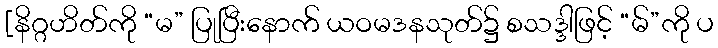
[နိဂ္ဂဟိတ်ကို “မ” ပြုပြီးနောက် ယဝမဒနသုတ်၌ စသဒ္ဒါဖြင့် “မ်”ကို ပ